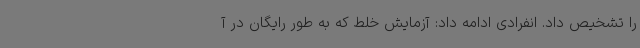
را تشخیص داد. انفرادی ادامه داد: آزمایش خلط که به طور رایگان در آ